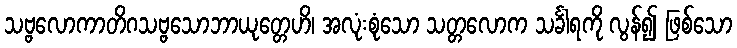
သဗ္ဗလောကာတိဂသဗ္ဗသောဘာယုတ္တေဟိ၊ အလုံးစုံသော သတ္တလောက သင်္ခါရကို လွန်၍ ဖြစ်သော